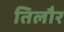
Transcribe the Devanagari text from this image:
तिलौर